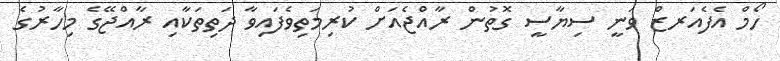
ހޯމް އެފެއަރޒް ވަނީ ސިޔާސީ ގޮތުން ރާއްޖެއަށް ކުރިމަތިވެފައިވާ ދަތިތަކާއި ރާއްޖޭގެ މިހާރުގެ